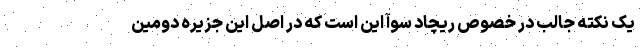
یک نکته جالب در خصوص ریچاد سوآ این است که در اصل این جزیره دومین